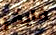
فايفر